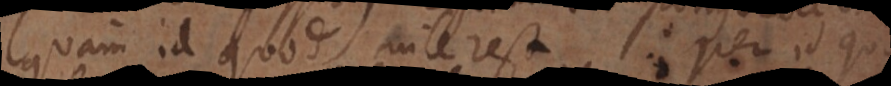
quam id quod interest. Per id quod